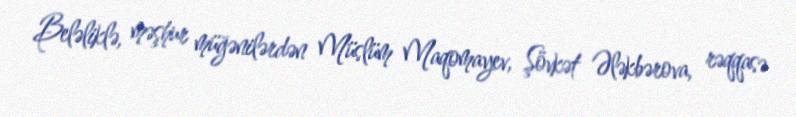
Beləliklə, məşhur müğənilərdən Müslüm Maqomayev, Şövkət Ələkbərova, rəqqasə